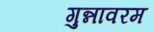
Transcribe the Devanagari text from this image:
गुन्नावरम